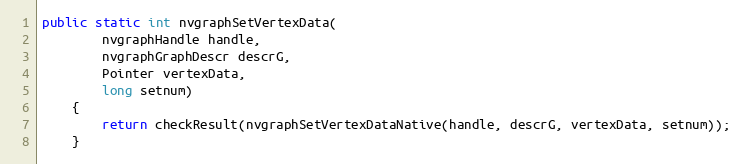
Language: Java
public static int nvgraphSetVertexData(
        nvgraphHandle handle,
        nvgraphGraphDescr descrG,
        Pointer vertexData,
        long setnum)
    {
        return checkResult(nvgraphSetVertexDataNative(handle, descrG, vertexData, setnum));
    }